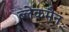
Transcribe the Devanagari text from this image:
ब्लेकमैन